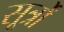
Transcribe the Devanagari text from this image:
सूर्त्रों